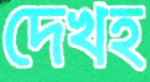
দেখহ